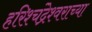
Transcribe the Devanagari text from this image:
हरिश्चंद्रेश्वराच्या